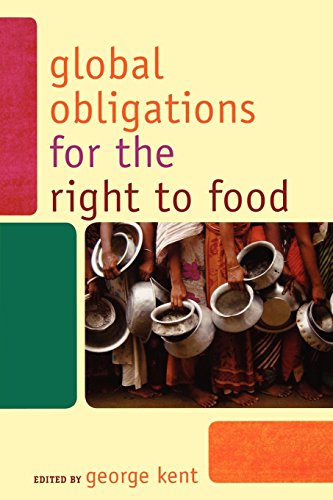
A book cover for Global Obligations for the Right to Food (Another World is Necessary: Human Rights, Environmental Rights, and Popular Democracy); Science & Math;